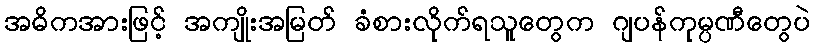
အဓိကအားဖြင့် အကျိုးအမြတ် ခံစားလိုက်ရသူတွေက ဂျပန်ကုမ္ပဏီတွေပဲ